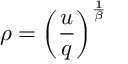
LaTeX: \rho = \left( \frac { u } { q } \right) ^ { \frac { 1 } { \beta } }